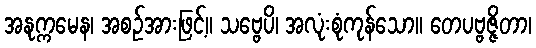
အနုက္ကမေန၊ အစဉ်အားဖြင့်။ သဗ္ဗေပိ၊ အလုံးစုံကုန်သော။ တေပဗ္ဗဇ္ဇိတာ၊